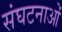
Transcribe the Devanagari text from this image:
संघटनाओं